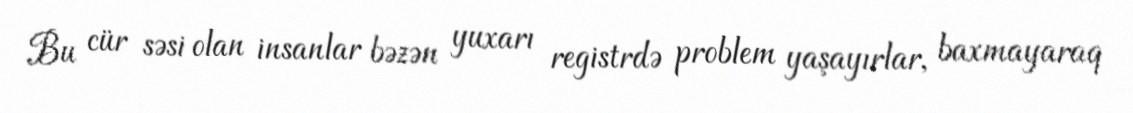
Bu cür səsi olan insanlar bəzən yuxarı registrdə problem yaşayırlar, baxmayaraq